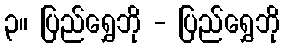
၃။ ပြည်ရွှေဘို - ပြည်ရွှေဘို